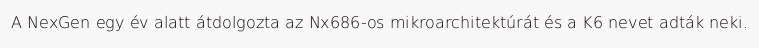
A NexGen egy év alatt átdolgozta az Nx686-os mikroarchitektúrát és a K6 nevet adták neki.